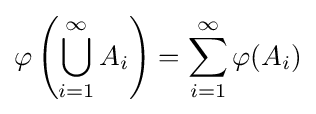
\varphi \left(\bigcup _{i=1}^{\infty }A_{i}\right)=\sum _{i=1}^{\infty }\varphi (A_{i})